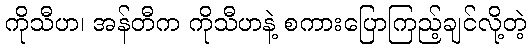
ကိုသီဟ၊ အန်တီက ကိုသီဟနဲ့ စကားပြောကြည့်ချင်လို့တဲ့